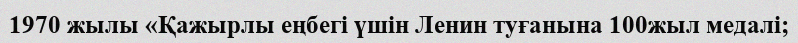
1970 жылы «Қажырлы еңбегі үшін Ленин туғанына 100жыл медалі;